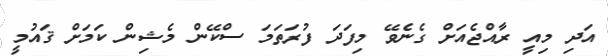
އަދި މިއީ ރާއްޖެއަށް ގެނެވޭ މިފަދަ ފުރަތަމަ ސްކޭން މެޝިން ކަމަށް ޤައުމީ